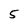
Character: 5